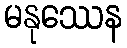
မနုဿေန